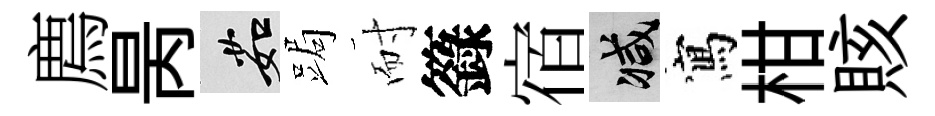
廌昺茹跼耐籙宿减寫柑賅